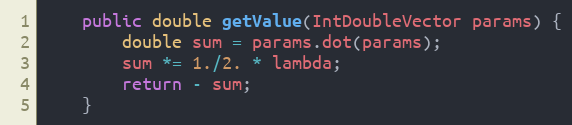
Language: Java
    public double getValue(IntDoubleVector params) {
        double sum = params.dot(params);
        sum *= 1./2. * lambda;
        return - sum;
    }